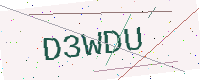
Text: D3WDU